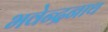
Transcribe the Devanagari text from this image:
भवेन्द्रनाथ